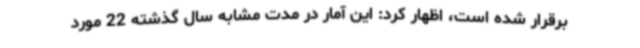
برقرار شده است، اظهار کرد: این آمار در مدت مشابه سال گذشته 22 مورد